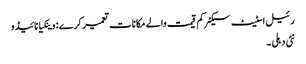
رئیل اسٹیٹ سیکٹر کم قیمت والے مکانات تعمیر کرے : وینکیا نائیڈو
نئی دہلی ۔